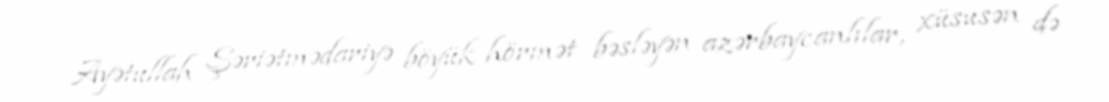
Ayətullah Şəriətmədariyə böyük hörmət bəsləyən azərbaycanlılar, xüsusən də